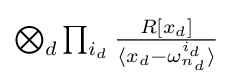
{\textstyle \bigotimes _{d}\prod _{i_{d}}{\frac {R[x_{d}]}{\langle x_{d}-\omega _{n_{d}}^{i_{d}}\rangle }}}